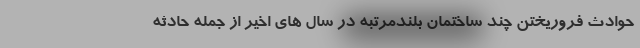
حوادث فروریختن چند ساختمان بلندمرتبه در سال های اخیر از جمله حادثه